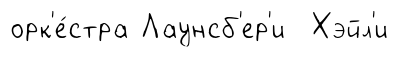
орк'е́стра Лаунсб'ер'и Хэйл'и